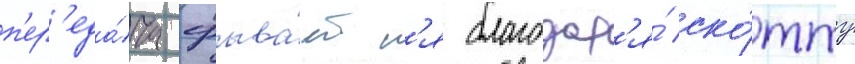
п'ер'еда́ча срыва́етс'я благодар'я́ ско́тту